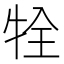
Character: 牷